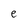
Character: e